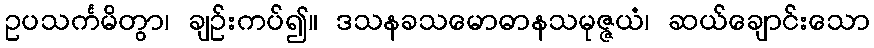
ဥပသင်္ကမိတွာ၊ ချဉ်းကပ်၍။ ဒသနခသမောဓာနသမုဇ္ဇယံ၊ ဆယ်ချောင်းသော